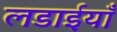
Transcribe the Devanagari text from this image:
लडाईयाँ